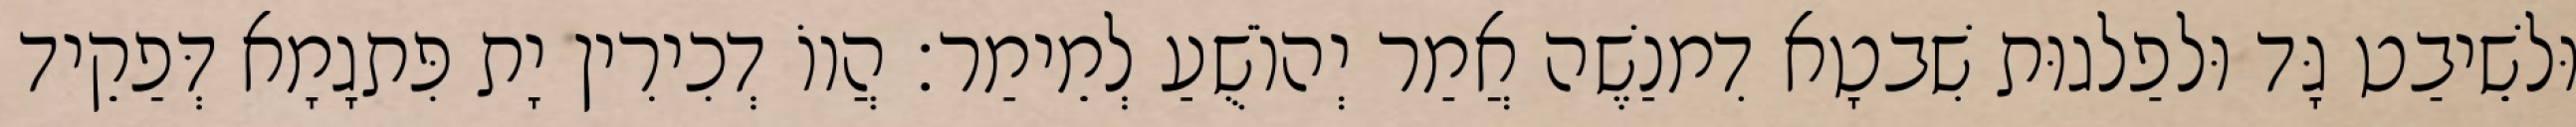
וּלשֵׁיבַט גָּד וּלפַלגוּת שִׁבטָא דִמנַשֶׁה אֲמַר יְהוֹשֻׁעַ לְמֵימַר׃ הֲווֹ דְכִירִין יָת פִּתגָמָא דְּפַקֵיד